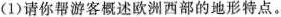
(1)请你帮游客概述欧洲西部的地形特点。